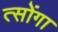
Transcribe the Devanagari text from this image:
त्सोंगा